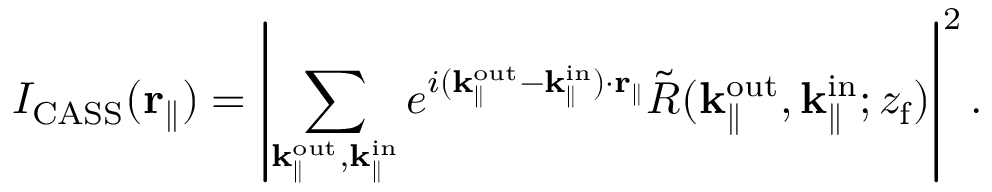
I _ { \mathrm { C A S S } } ( \mathbf { r } _ { \parallel } ) = \left| \sum _ { \mathbf { k } _ { \parallel } ^ { \mathrm { o u t } } , \mathbf { k } _ { \parallel } ^ { \mathrm { i n } } } e ^ { i ( \mathbf { k } _ { \parallel } ^ { \mathrm { o u t } } - \mathbf { k } _ { \parallel } ^ { \mathrm { i n } } ) \cdot \mathbf { r } _ { \parallel } } \Tilde { R } ( { \mathbf { k } _ { \parallel } ^ { \mathrm { o u t } } } , \mathbf { k } _ { \parallel } ^ { \mathrm { i n } } ; { z _ { \mathrm { f } } } ) \right| ^ { 2 } .